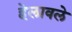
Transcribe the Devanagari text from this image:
हेलावले